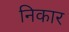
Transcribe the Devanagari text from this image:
निकार